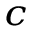
^ c